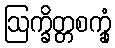
ဩက္ခိတ္တစက္ခုံ